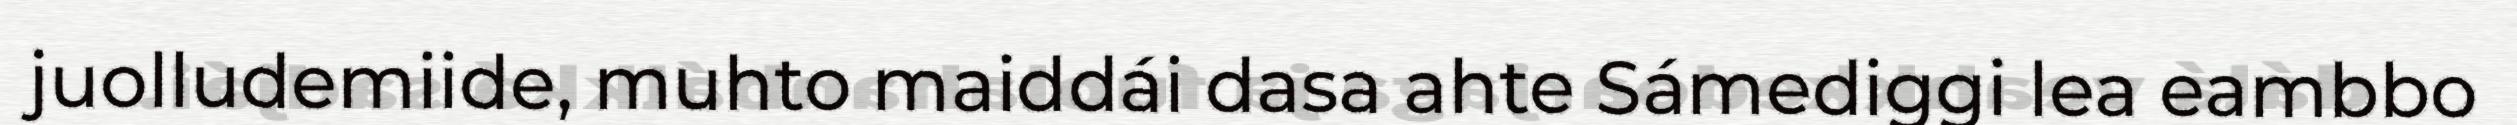
juolludemiide, muhto maiddái dasa ahte Sámediggi lea eambbo